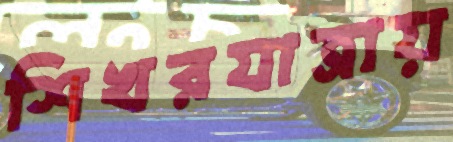
শিখরযাত্রায়